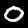
Digit: 0